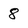
Character: 8